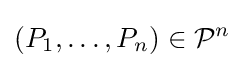
(P_{1},\ldots ,P_{n})\in {\mathcal {P}}^{n}